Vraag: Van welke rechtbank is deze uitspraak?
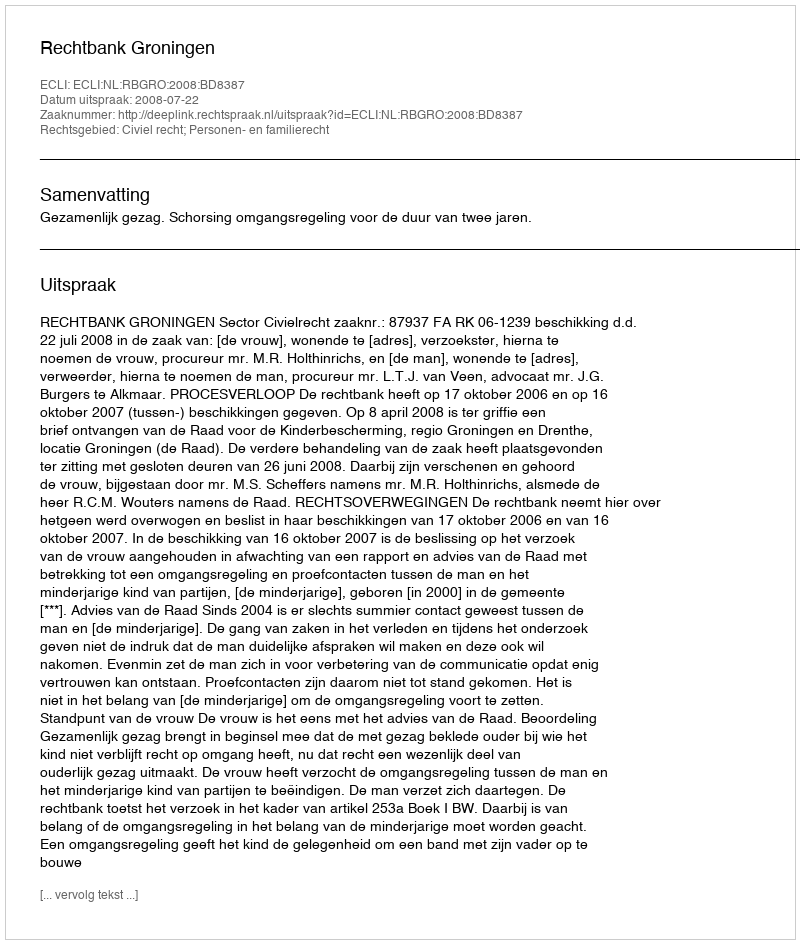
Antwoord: Rechtbank Groningen